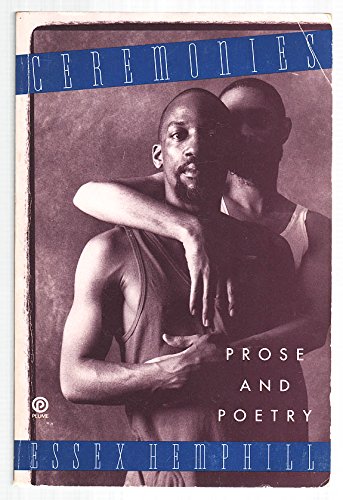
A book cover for Ceremonies : Prose and Poetry; Essex Hemphill; Gay & Lesbian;